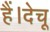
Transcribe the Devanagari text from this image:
हैं।देचू